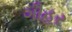
ગૌહર